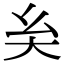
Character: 𡗞